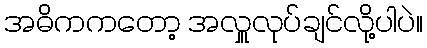
အဓိကကတော့ အလှူလုပ်ချင်လို့ပါပဲ။